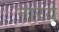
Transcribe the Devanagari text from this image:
नारय